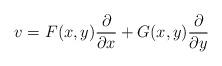
LaTeX: \begin{align*}v=F(x,y)\frac{\partial}{\partial{x}}+G(x,y)\frac{\partial}{\partial{y}}\end{align*}